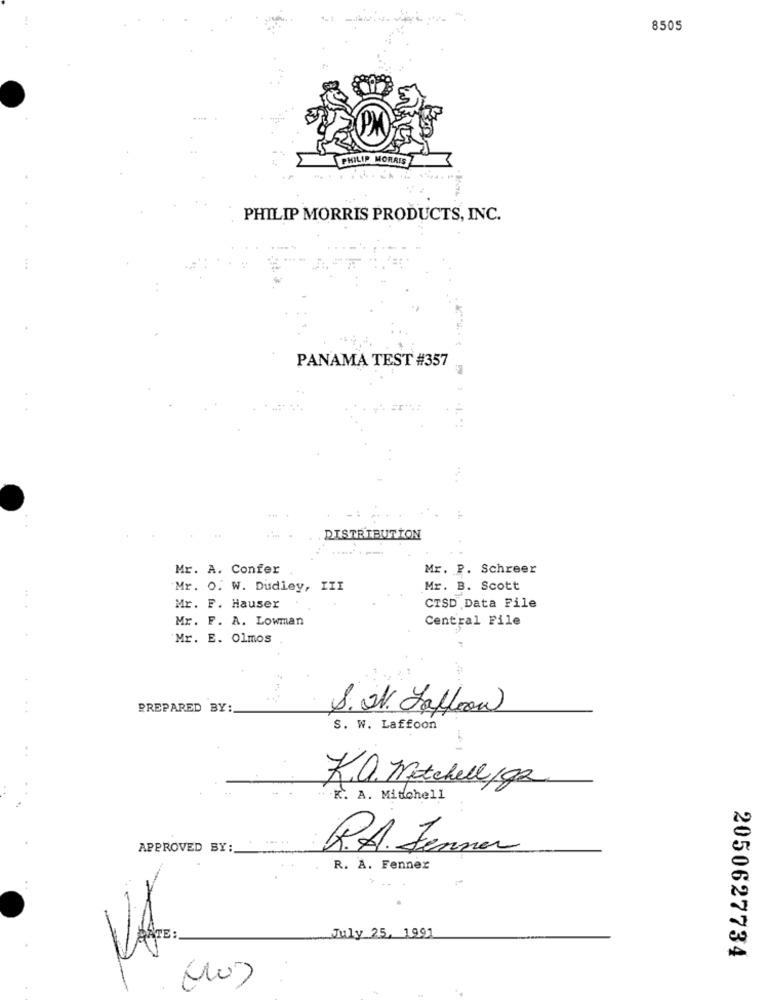
8505
PHILIP MORRIS
PHILIP MORRIS PRODUCTS, INC.
PANAMA TEST #357
1
-
DISTRIBUTION
Mr. A. Confer
Mr. P. Schreer
Mr. O. W. Dudley, III
Mr. B. Scott
Mr. F. Hauser
CTSD Data File
Mr. F. A. Lowman
Central File
Mr. E. Olmos
000
PREPARED BY:
S. V. Jaffeon
S. W. Laffoon
K.a. mitchell/92
K. A. Mitchell
APPROVED BY:
R.A. Jenner
R. A. Fenner
July 25, 1991
VA
2050627734